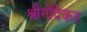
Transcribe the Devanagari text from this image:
श्रीगोंदेकर